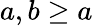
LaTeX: a,b\ge a